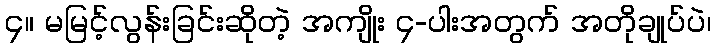
၄။ မမြင့်လွန်းခြင်းဆိုတဲ့ အကျိုး ၄-ပါးအတွက် အတိုချုပ်ပဲ၊